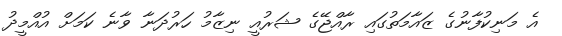
އެ މަނިކުފާނުގެ ޒައާމަތުގައި ރާއްޖޭގެ ޝަރުއީ ނިޒާމު ހަރުދަނާ ވާނެ ކަމަށް އުއްމީދު